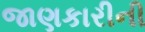
જાણકારીની